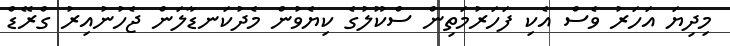
މިދިޔަ އަހަރު ވެސް އެކި ފަހަރުމަތިން ސްކޫލުގެ ކިޔެވުން މެދުކަނޑާލަން ޖެހުނުއިރު ގްރޭޑް